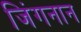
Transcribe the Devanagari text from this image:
जिंगनान